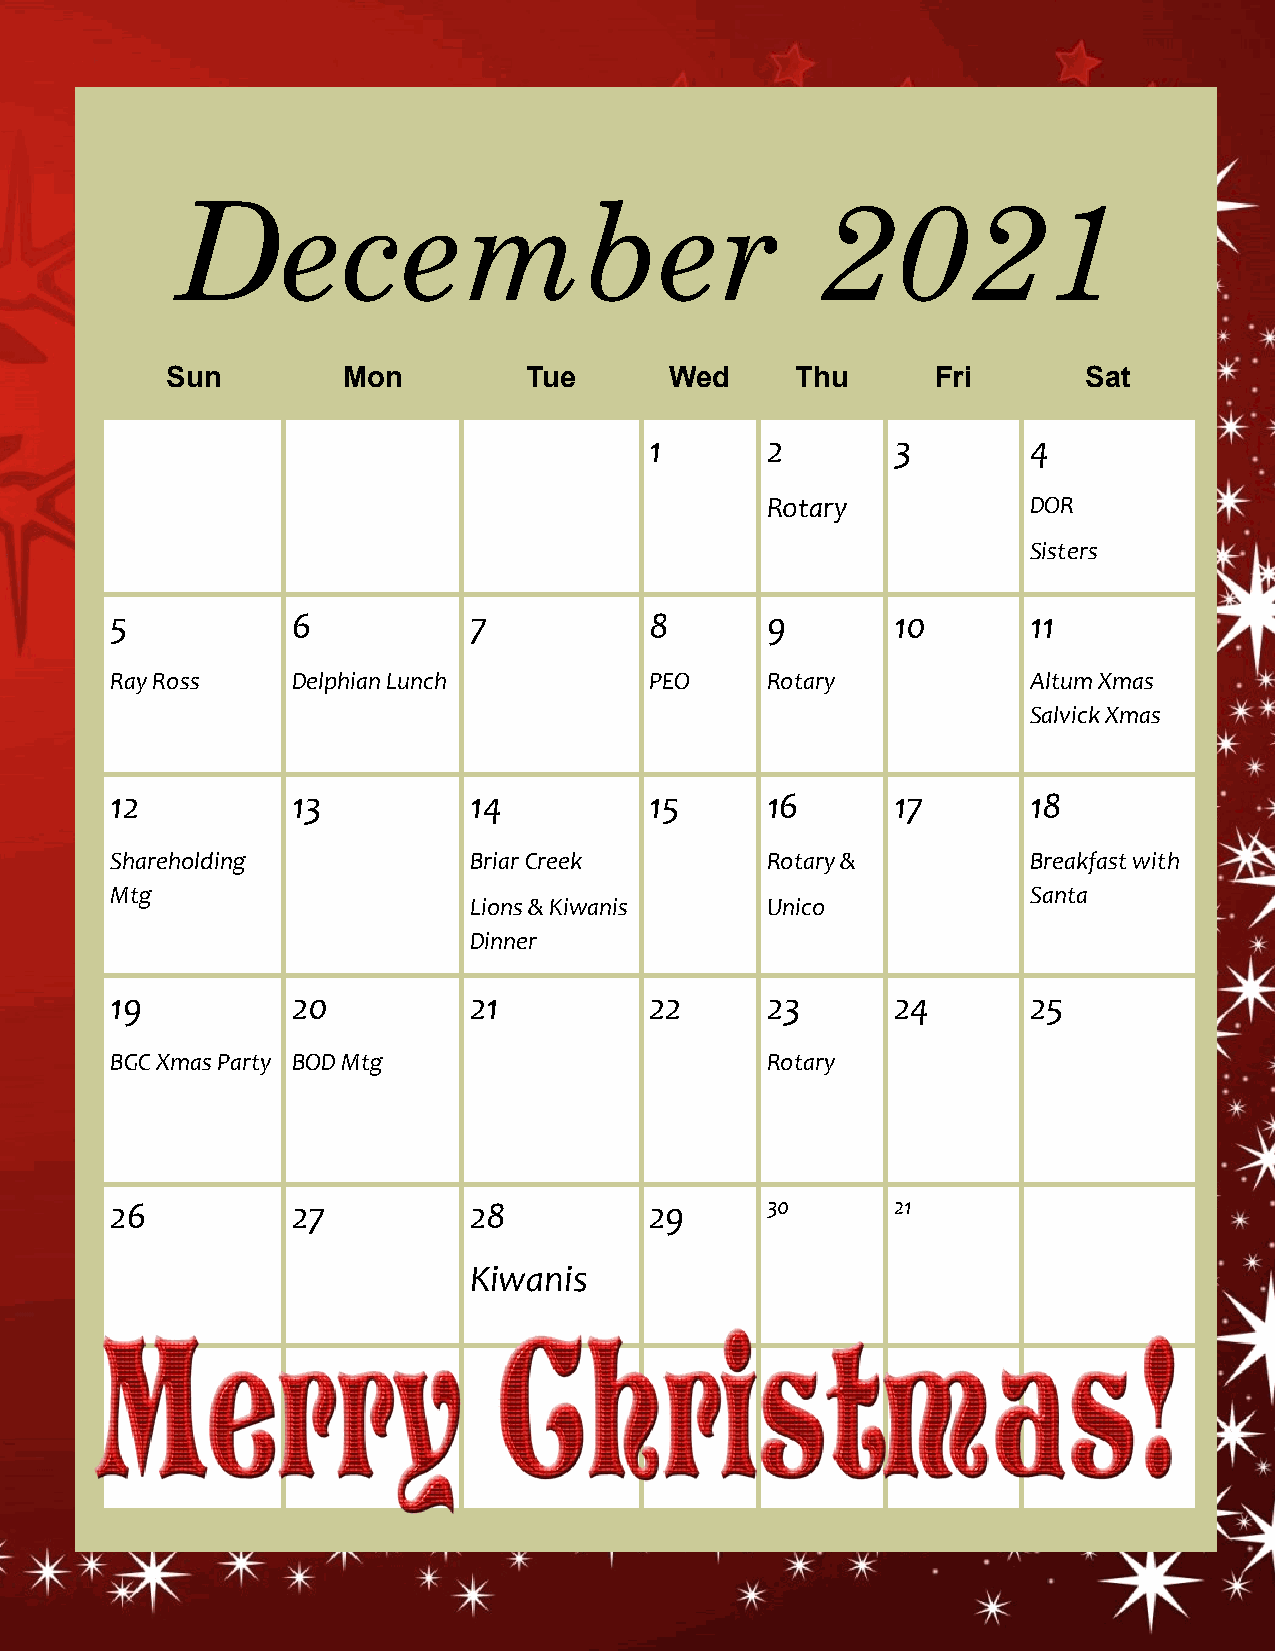
December                                   2021
 Sun         Mon         Tue      Wed      Thu      Fri       Sat
 1       2       3        4
 Rotary           DOR
 Sisters
 5           6           7           8       9       10       11
 Ray Ross    Delphian Lunch          PEO     Rotary           Altum Xmas
 Salvick Xmas
 12          13          14          15      16      17       18
 Shareholding            Briar Creek         Rotary &         Breakfast with
 Mtg                                                          Santa
 Lions & Kiwanis     Unico
 Dinner
 19          20          21          22      23      24       25
 BGC Xmas Party BOD Mtg                      Rotary
 26          27          28          29      30      21
 Kiwanis